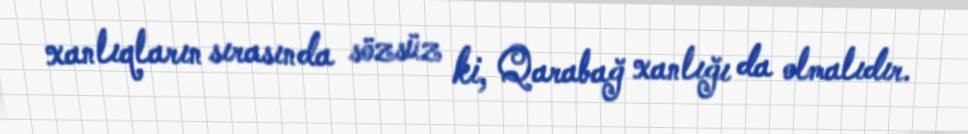
xanlıqların sırasında sözsüz ki, Qarabağ xanlığı da olmalıdır.